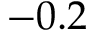
- 0 . 2